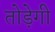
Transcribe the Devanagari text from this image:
तोड़ेगी